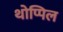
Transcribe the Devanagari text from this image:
थोप्पिल